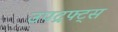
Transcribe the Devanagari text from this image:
उपद्रफ्ट्स